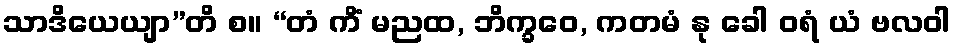
သာဒိယေယျာ”တိ စ။ “တံ ကိံ မညထ, ဘိက္ခဝေ, ကတမံ နု ခေါ ဝရံ ယံ ဗလဝါ